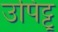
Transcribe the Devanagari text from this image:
उपिट्टू